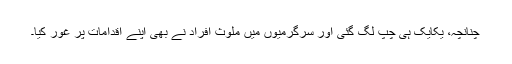
چنانچہ، یکایک ہی چپ لگ گئی اور سرگرمیوں میں ملوث افراد نے بھی اپنے اقدامات پر غور کیا۔